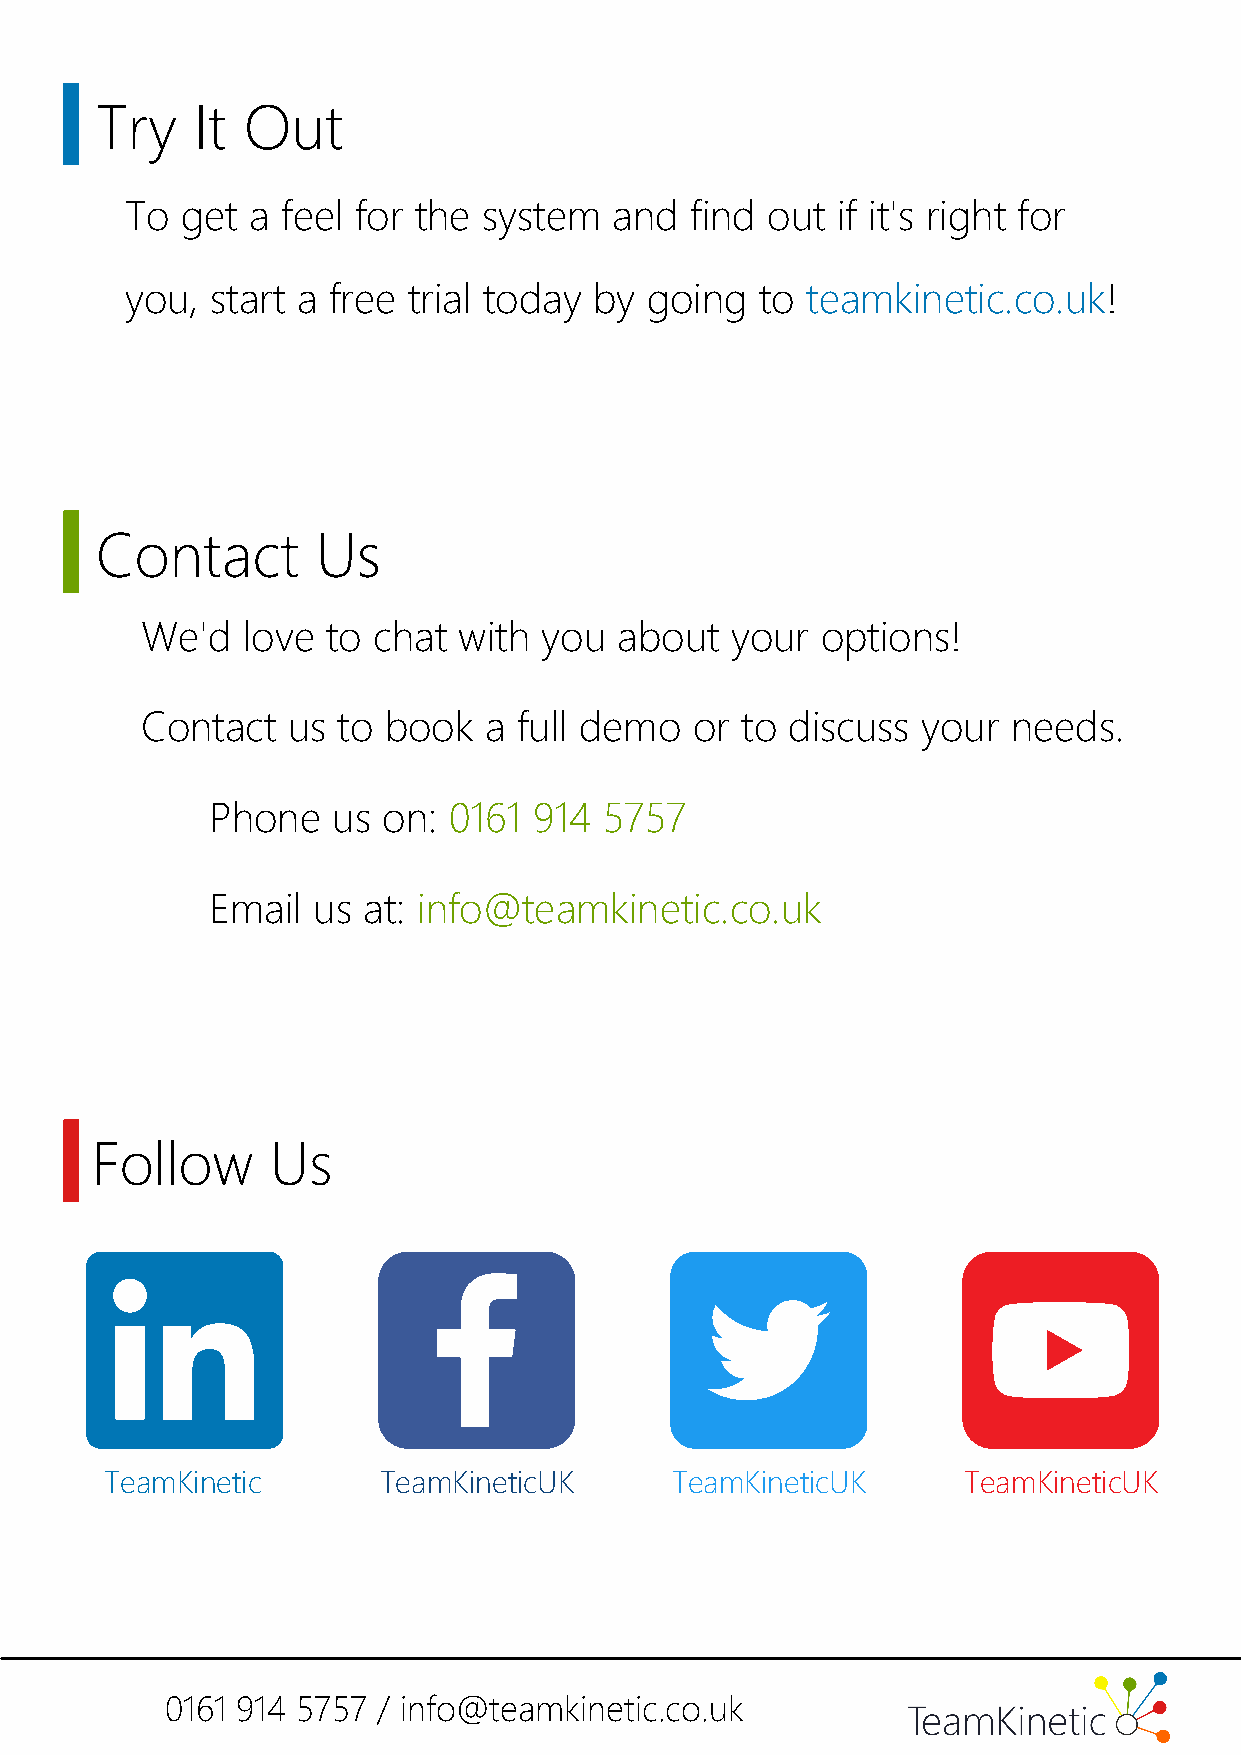
Try    It Out
 To  get a  feel for the system   and  find out if it's right for
 you,  start a free trial today by  going  to teamkinetic.co.uk!
 Contact        Us
 We'd   love  to chat with  you  about  your  options!
 Contact   us to book   a full demo   or to discuss  your  needs.
 Phone   us on:  0161 914  5757
 Email  us at: info@teamkinetic.co.uk
 Follow      Us
 TeamKinetic       TeamKineticUK      TeamKineticUK       TeamKineticUK
 0161 914 5757 / info@teamkinetic.co.uk